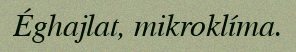
Éghajlat, mikroklíma.